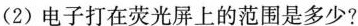
(2)电子打在荧光屏上的范围是多少?